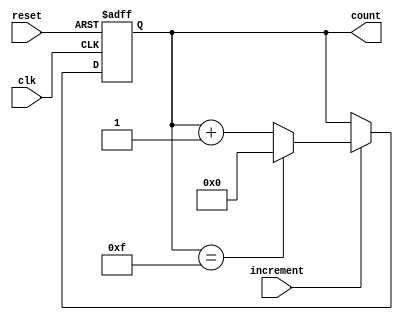
module incremental_counter #(
    parameter WIDTH = 4,               // Bit-width of the counter
    parameter INITIAL_VALUE = 0        // Initial value of the counter
)(
    input wire clk,                    // Clock signal
    input wire reset,                  // Asynchronous reset signal
    input wire increment,              // Control signal to trigger increment
    output reg [WIDTH-1:0] count       // Current count value
);

    // Maximum value based on the WIDTH parameter
    localparam MAX_VALUE = (1 << WIDTH) - 1; // 2^WIDTH - 1

    // Asynchronous reset and synchronous increment logic
    always @(posedge clk or posedge reset) begin
        if (reset) begin
            count <= INITIAL_VALUE;    // Reset to initial value
        end else if (increment) begin
            if (count == MAX_VALUE) begin
                count <= INITIAL_VALUE; // Wrap around to initial value
            end else begin
                count <= count + 1;      // Increment the counter
            end
        end
    end

endmodule